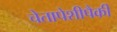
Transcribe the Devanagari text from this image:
चेतापेशीपैकी